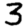
Digit: 3